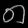
Digit: ၈